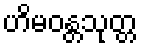
ဟိမဝန္တသုတ္တ